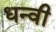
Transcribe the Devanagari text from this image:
धन्वी